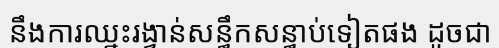
នឹងការឈ្នះរង្វាន់សន្ធឹកសន្ធាប់ទៀតផង ដូចជា